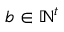
b \in \ensuremath { \mathbb { N } } ^ { t }